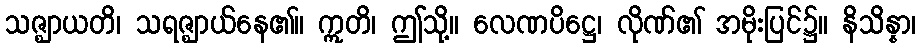
သဇ္ဈာယတိ၊ သရဇ္ဈာယ်နေ၏။ ဣတိ၊ ဤသို့။ လေဏပိဋ္ဌေ၊ လိုဏ်၏ အမိုးပြင်၌။ နိသိန္နာ၊